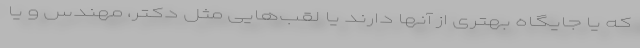
که یا جایگاه بهتری از آنها دارند یا لقب‌هایی مثل دکتر، مهندس و یا